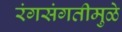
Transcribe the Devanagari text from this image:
रंगसंगतीमुळे